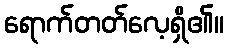
ရောက်တတ်လေ့ရှိ၏။